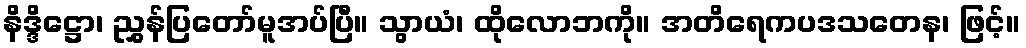
နိဒ္ဒိဋ္ဌော၊ ညွှန်ပြတော်မူအပ်ပြီ။ သွာယံ၊ ထိုလောဘကို။ အတိရေကပဒသတေန၊ ဖြင့်။